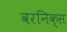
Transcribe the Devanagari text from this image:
वरनिक्स